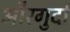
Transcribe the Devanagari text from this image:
औरगुर्दा